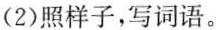
(2)照样子，写词语。